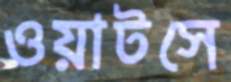
ওয়াটসে